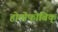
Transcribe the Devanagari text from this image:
होमोफोबिक्